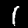
Digit: 1